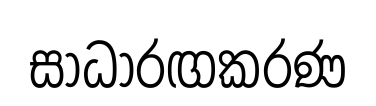
සාධාරඟකරණ